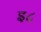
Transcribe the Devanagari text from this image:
इ८